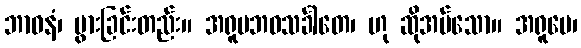
ဘာဝနံ၊ ပွားခြင်းတည်း။ အရူပဘဝသင်္ခါတေ၊ ဟု ဆိုအပ်သော။ အရူပေ၊